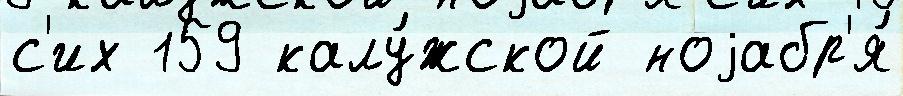
с'их 159 калу́жской ноjабр'я́